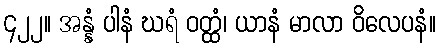
၄၂၂။ အန္နံ ပါနံ ဃရံ ဝတ္ထံ၊ ယာနံ မာလာ ဝိလေပနံ။